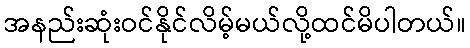
အနည်းဆုံးဝင်နိုင်လိမ့်မယ်လို့ထင်မိပါတယ်။